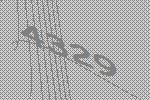
4329